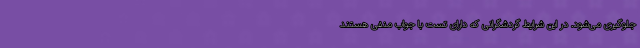
جلوگیری می‌شود. در این شرایط گردشگرانی که دارای تست با جواب منفی هستند